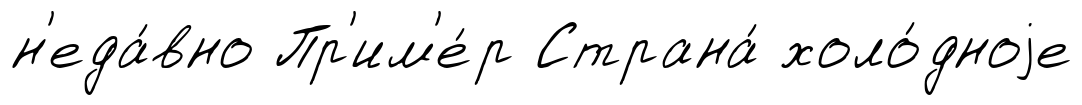
н'еда́вно Пр'им'е́р Страна́ холо́дноjе